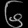
Digit: ၆